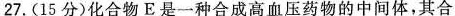
27.(15分)化合物E是一种合成高血压药物的中间体，其合